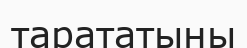
тарататыны